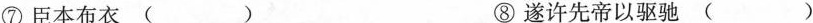
⑦臣本布衣( ) ⑧遂许先帝以驱驰( )